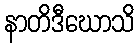
နာတိဒီဃောသိ